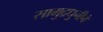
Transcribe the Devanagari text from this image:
सामुद्रधुनीचे